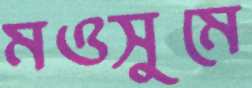
মওসুমে